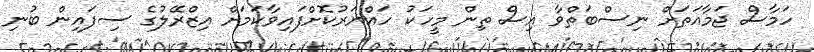
ހަމާސް ޖަމާއަތަށް ނިސްބަތްވާ އިސް ތިން މީހަކު ހައްޔަރުކޮށްފައިވާކަމަށް އިޒްރޭލުގެ ސިފައިން ބުނި